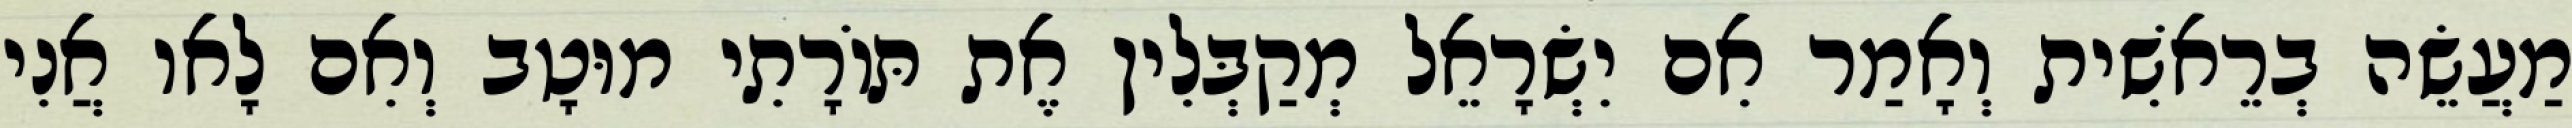
מַעֲשֵׂה בְרֵאשִׁית וְאָמַר אִם יִשְׂרָאֵל מְקַבְּלִין אֶת תּוֹרָתִי מוּטָב וְאִם לָאו אֲנִי